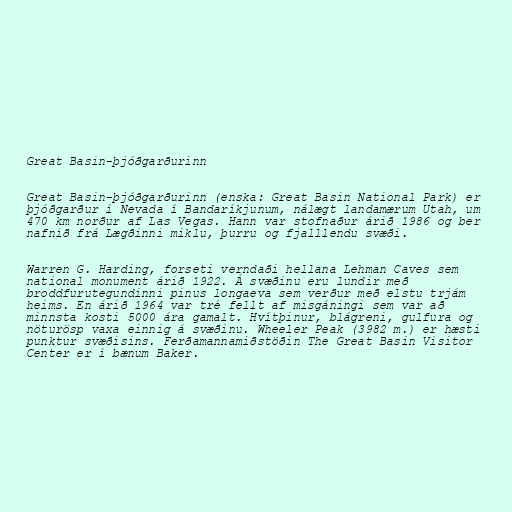
Great Basin-þjóðgarðurinn

Great Basin-þjóðgarðurinn (enska: Great Basin National Park) er
þjóðgarður í Nevada í Bandaríkjunum, nálægt landamærum Utah, um
470 km norður af Las Vegas. Hann var stofnaður árið 1986 og ber
nafnið frá Lægðinni miklu, þurru og fjalllendu svæði.

Warren G. Harding, forseti verndaði hellana Lehman Caves sem
national monument árið 1922. Á svæðinu eru lundir með
broddfurutegundinni pinus longaeva sem verður með elstu trjám
heims. En árið 1964 var tré fellt af misgáningi sem var að
minnsta kosti 5000 ára gamalt. Hvítþinur, blágreni, gulfura og
nöturösp vaxa einnig á svæðinu. Wheeler Peak (3982 m.) er hæsti
punktur svæðisins. Ferðamannamiðstöðin The Great Basin Visitor
Center er í bænum Baker.